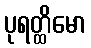
ပုရတ္ထိမော